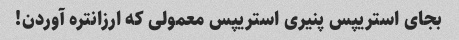
بجای استریپس پنیری استریپس معمولی که ارزانتره آوردن!